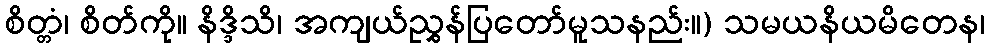
စိတ္တံ၊ စိတ်ကို။ နိဒ္ဒိသိ၊ အကျယ်ညွှန်ပြတော်မူသနည်း။) သမယနိယမိတေန၊